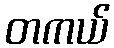
တကယ်